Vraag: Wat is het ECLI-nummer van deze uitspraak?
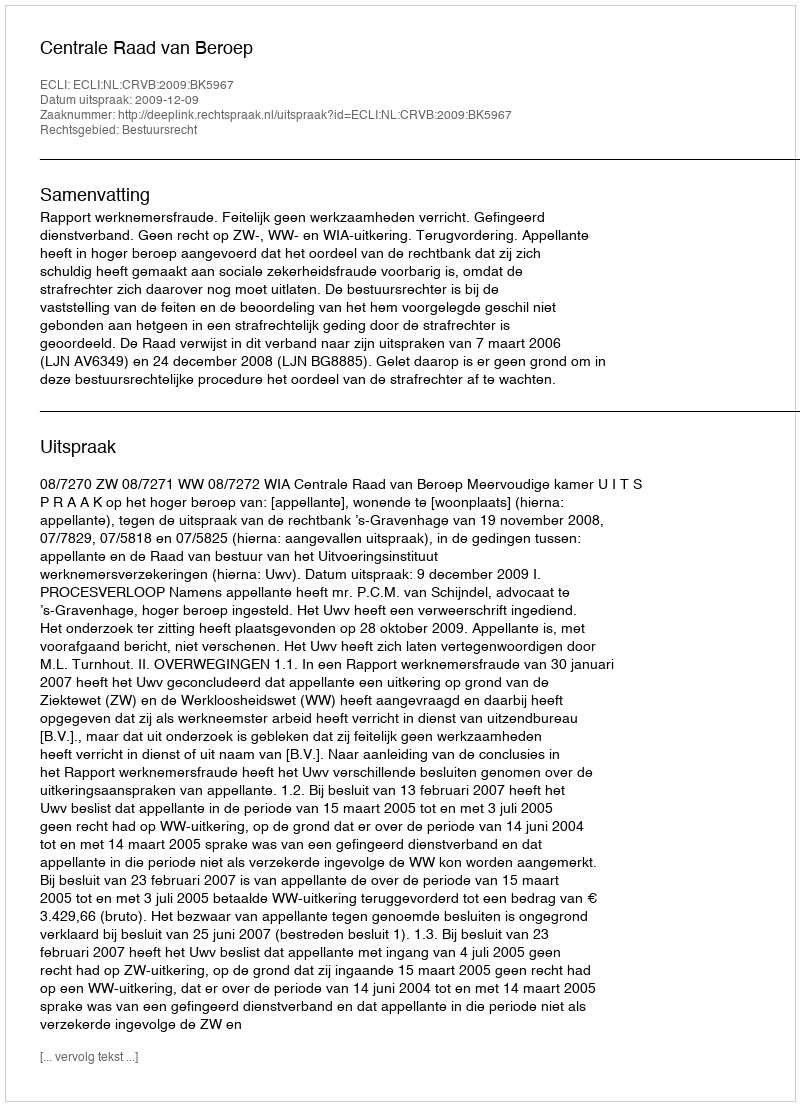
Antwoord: ECLI:NL:CRVB:2009:BK5967